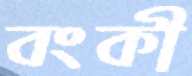
বংকী